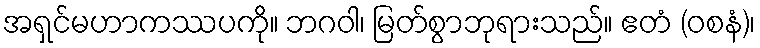
အရှင်မဟာကဿပကို။ ဘဂဝါ၊ မြတ်စွာဘုရားသည်။ ဧတံ (ဝစနံ)၊